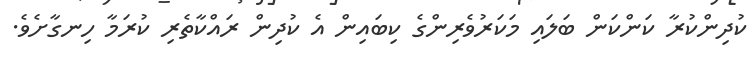
ކުދިންކުރާ ކަންކަން ބަލައި މަކަރުވެރިންގެ ކިބައިން އެ ކުދިން ރައްކާތެރި ކުރަމާ ހިނގާށެވެ.